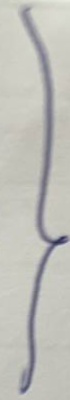
}